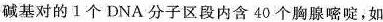
碱基对的1个DNA分子区段内含40个胸腺嘧啶，如